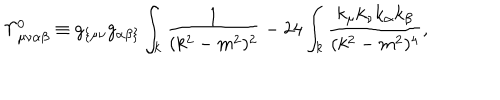
LaTeX: \Upsilon _ { \mu \nu \alpha \beta } ^ { 0 } \equiv g _ { \{ \mu \nu } g _ { \alpha \beta \} } \int _ { k } \frac { 1 } { ( k ^ { 2 } - m ^ { 2 } ) ^ { 2 } } - 2 4 \int _ { k } \frac { k _ { \mu } k _ { \nu } k _ { \alpha } k _ { \beta } } { ( k ^ { 2 } - m ^ { 2 } ) ^ { 4 } } ,